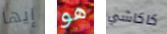
إيها هو كاكاشي